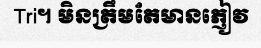
Tri។ មិនត្រឹមតែមានភ្ញៀវ